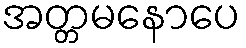
အတ္တမနောပေ